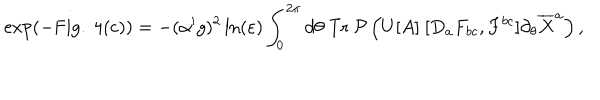
\exp ( - \mathrm { F i g . ~ 4 ( c ) } ) = - ( \alpha ^ { \prime } g ) ^ { 2 } \ln ( \varepsilon ) \int _ { 0 } ^ { 2 \pi } d \theta ~ \mathrm { T r } ~ { \cal P } \left( U [ A ] ~ [ D _ { a } F _ { b c } , F ^ { b c } ] \partial _ { \theta } \overline { { { X } } } ^ { a } \right) ,